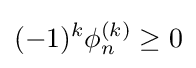
(-1)^{k}\phi _{n}^{(k)}\geq 0